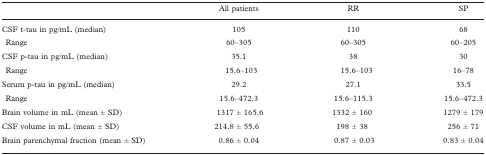
<table><thead><tr><td></td><td><b>All patients</b></td><td><b>RR</b></td><td><b>SP</b></td></tr></thead><tbody><tr><td>CSF t-tau in pg/mL (median)</td><td>105</td><td>110</td><td>68</td></tr><tr><td> Range</td><td>60–305</td><td>60–305</td><td>60–205</td></tr><tr><td>CSF p-tau in pg/mL (median)</td><td>35.1</td><td>38</td><td>30</td></tr><tr><td> Range</td><td>15.6–103</td><td>15.6–103</td><td>16–78</td></tr><tr><td>Serum p-tau in pg/mL (median)</td><td>29.2</td><td>27.1</td><td>33.5</td></tr><tr><td> Range</td><td>15.6–472.3</td><td>15.6–115.3</td><td>15.6–472.3</td></tr><tr><td>Brain volume in mL (mean ± SD)</td><td>1317 ± 165.6</td><td>1332 ± 160</td><td>1279 ± 179</td></tr><tr><td>CSF volume in mL (mean ± SD)</td><td>214.8 ± 55.6</td><td>198 ± 38</td><td>256 ± 71</td></tr><tr><td>Brain parenchymal fraction (mean ± SD)</td><td>0.86 ± 0.04</td><td>0.87 ± 0.03</td><td>0.83 ± 0.04</td></tr></tbody></table>